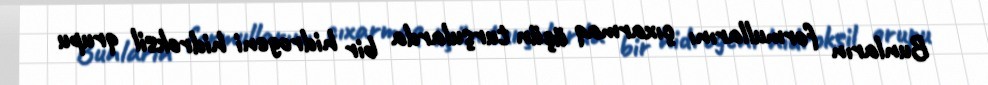
Bunların formullarını çıxarmaq üçün turşularda bir hidrogeni hidroksil qrupu